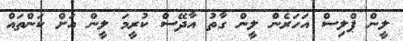
ލީން ޕްލިސް އަހަރެން ލީން ގާތު އާދޭސް ކުރީމަ ލީން އަށް ކަންތައް